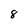
Character: 8